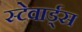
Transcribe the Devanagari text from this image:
स्टेवार्ड्स